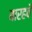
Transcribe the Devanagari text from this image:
बारहवेँ